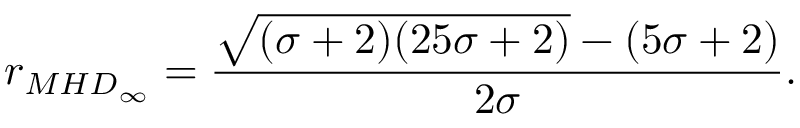
r _ { M H D _ { \infty } } = \frac { \sqrt { ( \sigma + 2 ) ( 2 5 \sigma + 2 ) } - ( 5 \sigma + 2 ) } { 2 \sigma } .